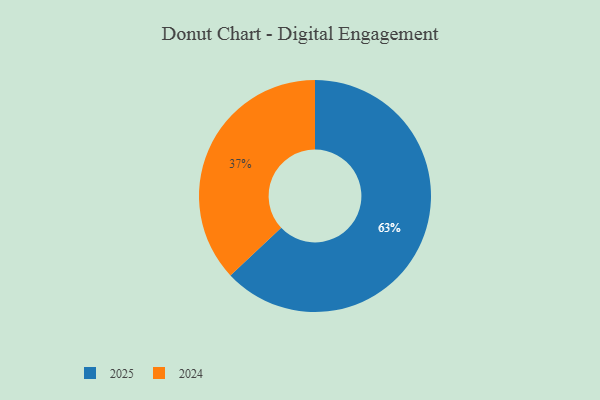
{"axis": {"x": "Category", "y": "Percentage"}, "legend": ["2024", "2025"], "data": [{"x": "2024", "y": 37, "type": "2024"}, {"x": "2025", "y": 63, "type": "2025"}]}